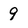
Character: 9